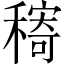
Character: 𱶠